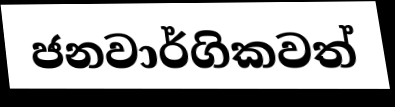
ජනවාර්ගිකවත්